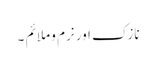
نازک اور نرم و ملائم ۔